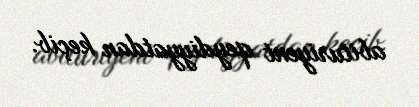
abituriyent qeydiyyatdan keçib.